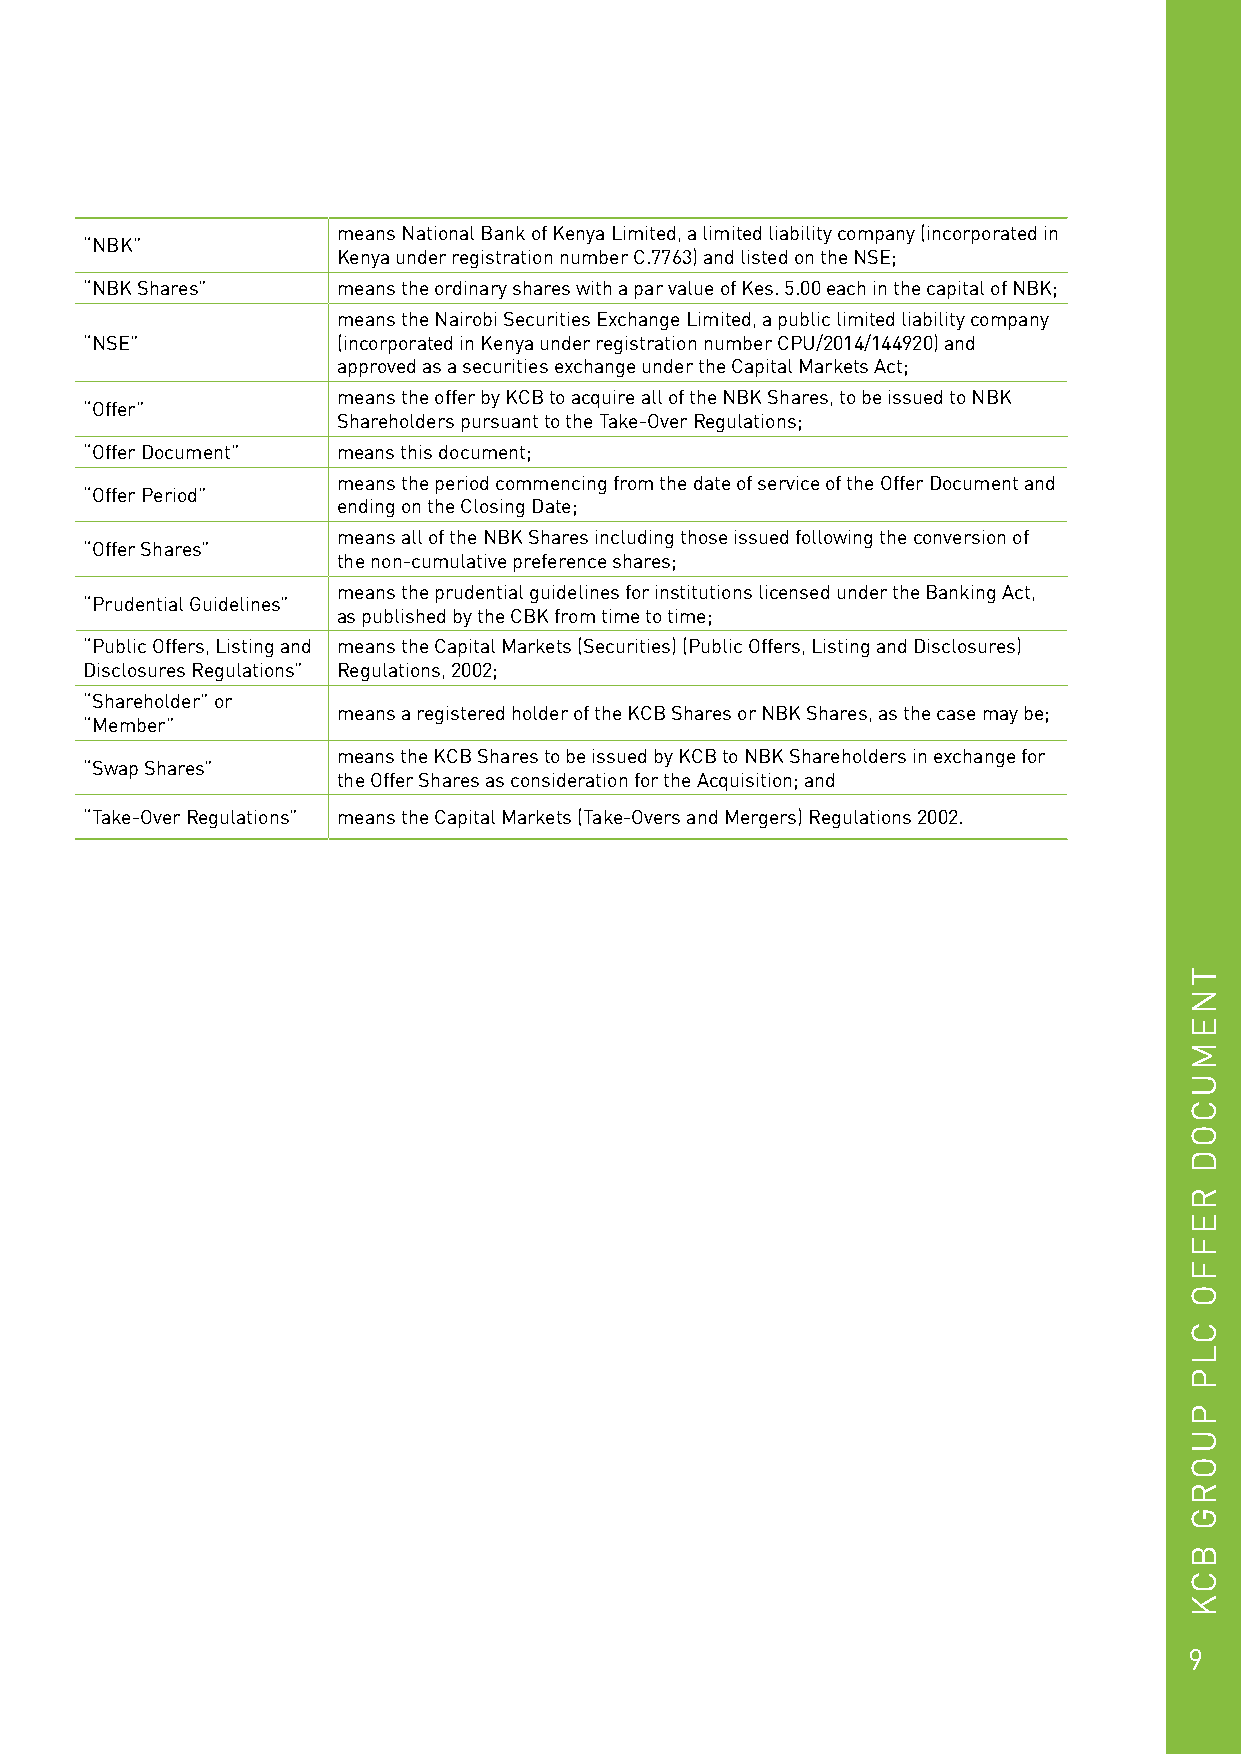
means National Bank of Kenya Limited, a limited liability company (incorporated in
 “NBK”
 Kenya under registration number C.7763) and listed on the NSE;
 “NBK Shares”    means the ordinary shares with a par value of Kes. 5.00 each in the capital of NBK;
 means the Nairobi Securities Exchange Limited, a public limited liability company
 “NSE”           (incorporated in Kenya under registration number CPU/2014/144920) and
 approved as a securities exchange under the Capital Markets Act;
 means the offer by KCB to acquire all of the NBK Shares, to be issued to NBK
 “Offer”
 Shareholders pursuant to the Take-Over Regulations;
 “Offer Document” means this document;
 means the period commencing from the date of service of the Offer Document and
 “Offer Period”
 ending on the Closing Date;
 means all of the NBK Shares including those issued following the conversion of
 “Offer Shares”
 the non-cumulative preference shares;
 means the prudential guidelines for institutions licensed under the Banking Act,
 “Prudential Guidelines”
 as published by the CBK from time to time;
 “Public Offers, Listing and means the Capital Markets (Securities) (Public Offers, Listing and Disclosures)
 Disclosures Regulations” Regulations, 2002;
 “Shareholder” or
 means a registered holder of the KCB Shares or NBK Shares, as the case may be;
 “Member”
 means the KCB Shares to be issued by KCB to NBK Shareholders in exchange for
 “Swap Shares”
 the Offer Shares as consideration for the Acquisition; and
 “Take-Over Regulations” means the Capital Markets (Take-Overs and Mergers) Regulations 2002.
 9
 TNEMUCOD
 REFFO
 CLP
 PUORG
 BCK